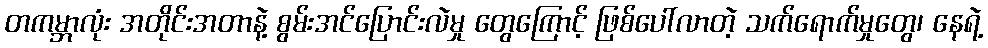
တကမ္ဘာလုံး အတိုင်းအတာနဲ့ စွမ်းအင်ပြောင်းလဲမှု တွေကြောင့် ဖြစ်ပေါ်လာတဲ့ သက်ရောက်မှုတွေ၊ နေရဲ့